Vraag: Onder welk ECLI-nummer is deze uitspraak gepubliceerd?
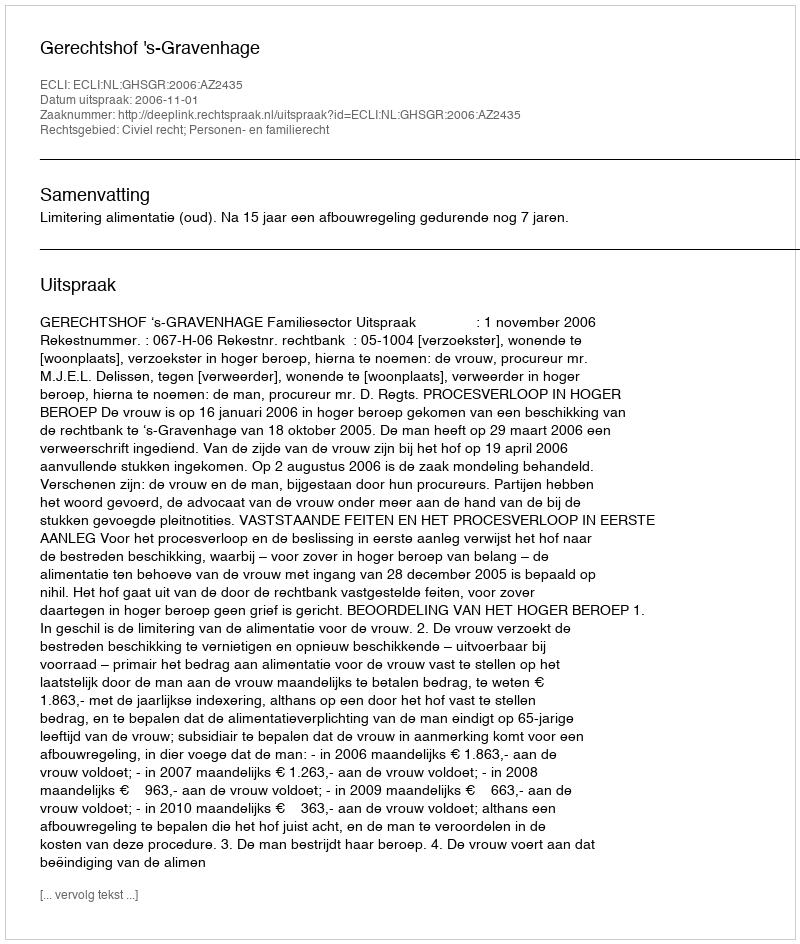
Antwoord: ECLI:NL:GHSGR:2006:AZ2435